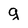
Character: g